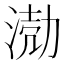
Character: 𭱅